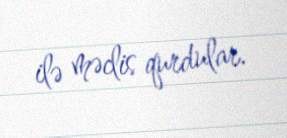
ilə məclis qurdular.